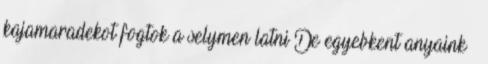
kajamaradekot fogtok a selymen latni De egyebkent anyaink